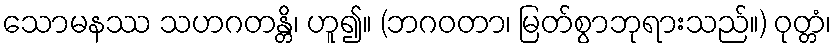
သောမနဿ သဟဂတန္တိ၊ ဟူ၍။ (ဘဂဝတာ၊ မြတ်စွာဘုရားသည်။) ဝုတ္တံ၊